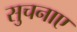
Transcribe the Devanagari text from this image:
सुचनाए